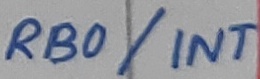
Text: RB0/INT